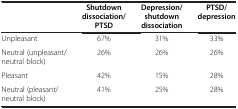
<table><thead><tr><td><b> </b></td><td><b>Shutdown dissociation/PTSD</b></td><td><b>Depression/shutdown dissociation</b></td><td><b>PTSD/depression</b></td></tr></thead><tbody><tr><td>Unpleasant</td><td>67%</td><td>31%</td><td>33%</td></tr><tr><td>Neutral (unpleasant/neutral block)</td><td>26%</td><td>26%</td><td>26%</td></tr><tr><td>Pleasant</td><td>42%</td><td>15%</td><td>28%</td></tr><tr><td>Neutral (pleasant/neutral block)</td><td>41%</td><td>25%</td><td>28%</td></tr></tbody></table>